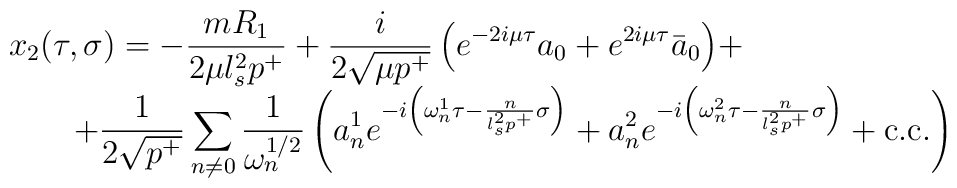
\begin{array}{l}x_2(\tau,\sigma) = \displaystyle{     - \frac{m R_1}{2 \mu l_s^2 p^+}  +    \frac{i}{2 \sqrt{\mu p^+}}                \left( e^{-2 i \mu \tau} a_0 +  e^{2 i \mu \tau} \bar{a}_0  \right)}+ \\\qquad  \displaystyle{       +  \frac{1}{2 \sqrt{p^+}} \sum_{n \neq 0}      \frac{1}{\omega_n^{1/2}} \left(                a^1_n e^{-i \left(\omega^1_n \tau - \frac{n}{l_s^2 p^+} \sigma \right)} +                a^2_n e^{-i \left(\omega^2_n \tau - \frac{n}{l_s^2 p^+} \sigma \right)}                       + \textrm{c.c.} \right) }\end{array}